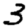
Digit: 3